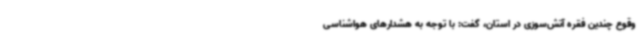
وقوع چندین فقره آتش‌سوزی در استان، گفت: با توجه به هشدارهای هواشناسی